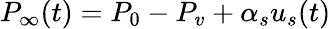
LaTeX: P_{\infty}(t)=P_{0}-P_{v}+\alpha_{s}u_{s}(t)